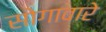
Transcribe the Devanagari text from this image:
सोगावारे